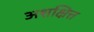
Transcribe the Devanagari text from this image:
अशक्षित्त